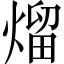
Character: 熘